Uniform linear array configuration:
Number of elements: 16
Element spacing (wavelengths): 0.25
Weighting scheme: hann
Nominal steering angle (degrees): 30
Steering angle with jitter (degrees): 28.572
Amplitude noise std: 0.05
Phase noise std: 0.05

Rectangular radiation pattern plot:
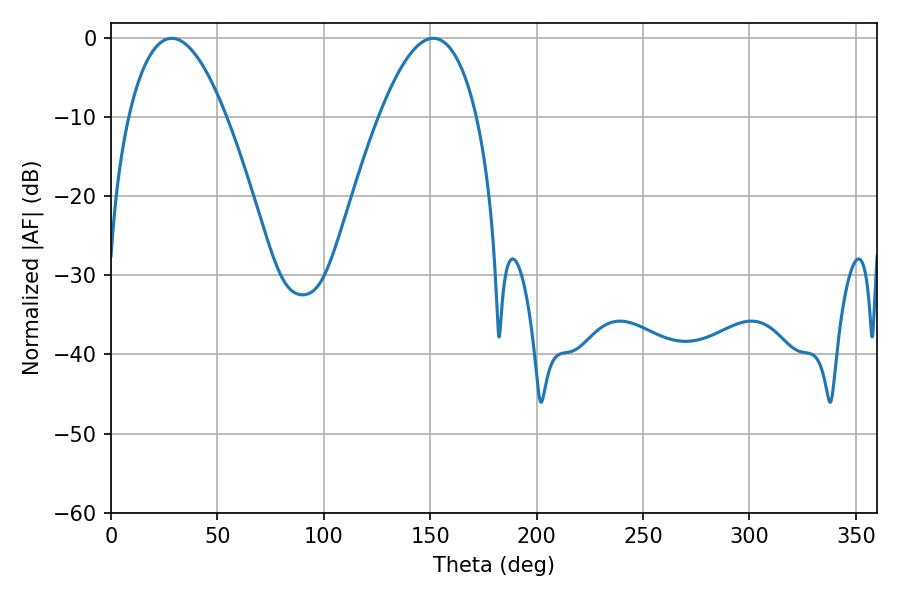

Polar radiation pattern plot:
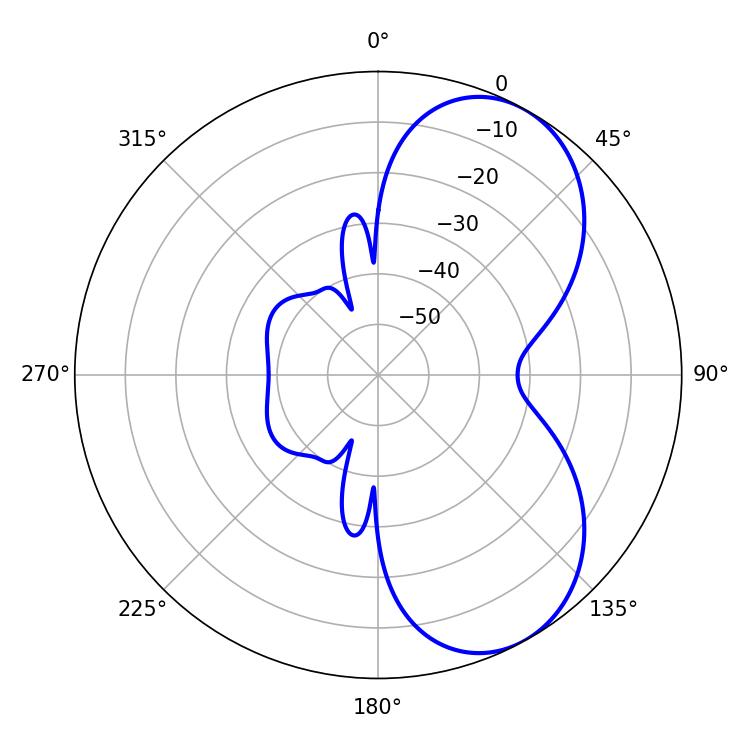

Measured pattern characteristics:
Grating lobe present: FALSE
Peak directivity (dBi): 6.301
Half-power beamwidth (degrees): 25.2
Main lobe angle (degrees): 28.62